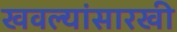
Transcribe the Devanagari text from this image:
खवल्यांसारखी